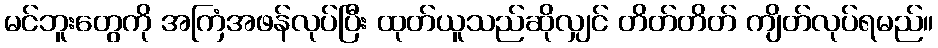
မင်ဘူးတွေကို အကြံအဖန်လုပ်ပြီး ထုတ်ယူသည်ဆိုလျှင် တိတ်တိတ် ကျိတ်လုပ်ရမည်။